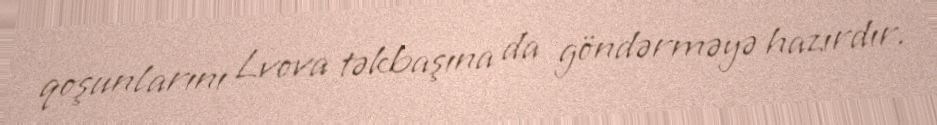
qoşunlarını Lvova təkbaşına da göndərməyə hazırdır.